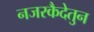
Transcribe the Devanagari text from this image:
नजरकैदेतुन